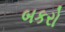
બકરો